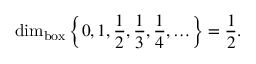
\dim _ { \operatorname { b o x } } \left\{ 0 , 1 , { \frac { 1 } { 2 } } , { \frac { 1 } { 3 } } , { \frac { 1 } { 4 } } , \ldots \right\} = { \frac { 1 } { 2 } } .